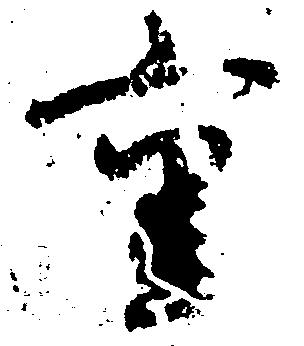
重